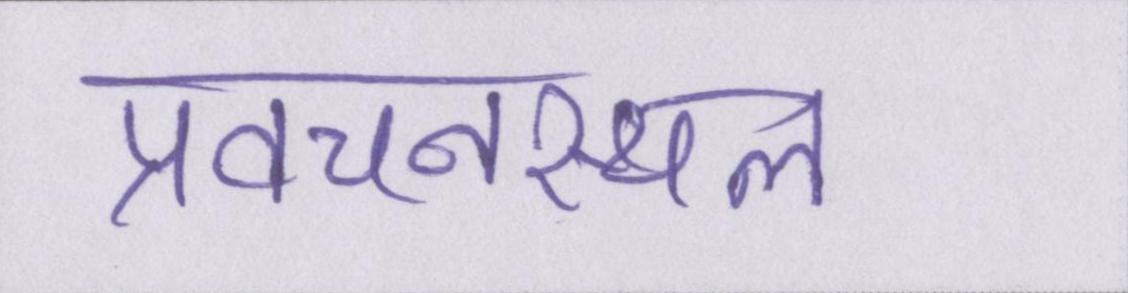
प्रवचनस्थल